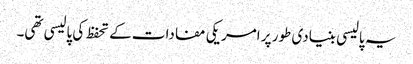
یہ پالیسی بنیادی طور پر امریکی مفادات کے تحفظ کی پالیسی تھی۔